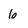
Character: 6